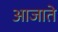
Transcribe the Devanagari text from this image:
आजाते